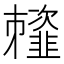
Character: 䪣